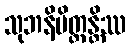
သုဘနိမိတ္တန္တိဿ